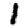
Digit: 1